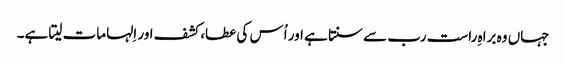
جہاں وہ براہِ راست رب سے سنتا ہے اور اُس کی عطا، کشف اور اِلہامات لیتا ہے۔